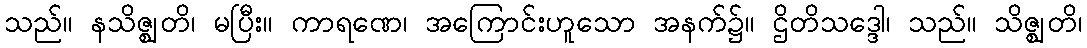
သည်။ နသိဇ္ဈတိ၊ မပြီး။ ကာရဏေ၊ အကြောင်းဟူသော အနက်၌။ ဌိတိသဒ္ဒေါ၊ သည်။ သိဇ္ဈတိ၊